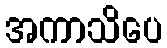
အကာသိပေ